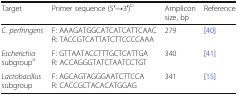
| Target | Primer sequence (5′→3′)b | Amplicon size, bp | Reference |
 | --- | --- | --- | --- |
 | C. perfringens | F: AAAGATGGCATCATCATTCAACR: TACCGTCATTATCTTCCCCAAA | 279 | [40] |
 | Escherichia subgroupa | F: GTTAATACCTTTGCTCATTGAR: ACCAGGGTATCTAATCCTGT | 340 | [41] |
 | Lactobacillus subgroup | F: AGCAGTAGGGAATCTTCCAR: CACCGCTACACATGGAG | 341 | [15] |